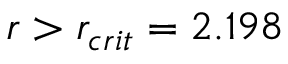
r > r _ { c r i t } = 2 . 1 9 8